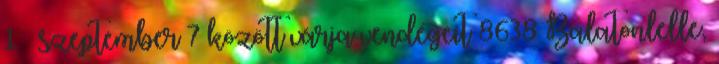
1 – szeptember 7 között várja vendégeit 8638 Balatonlelle,